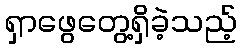
ရှာဖွေတွေ့ရှိခဲ့သည့်